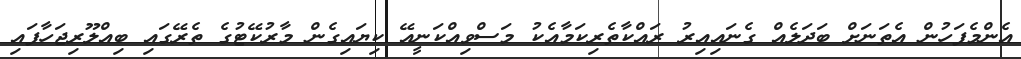
އެންމެފަހުން އެތަނަށް ބަދަލެއް ގެނައިއިރު ރައްކާތެރިކަމާއެކު މަސްވިއްކަނީއޭ ކިޔައިގެން މާރުކޭޓުގެ ތެރޭގައި ބިއްލޫރިޖަހާފައި